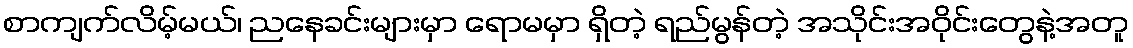
စာကျက်လိမ့်မယ်၊ ညနေခင်းများမှာ ရောမမှာ ရှိတဲ့ ရည်မွန်တဲ့ အသိုင်းအဝိုင်းတွေနဲ့အတူ